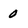
Character: 0